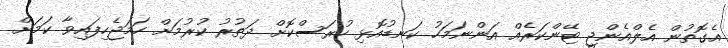
އެގޮތުން އެލްއެންޖީ ޓޭންކަރެއް އަންނަމަހު ކަނޑުއޮޅި ހުރަސްކޮށް ދަތުރު ކުރުމަށް ހަމަޖެހިފައިވާ ކަމަށް